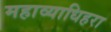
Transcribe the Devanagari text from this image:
महाव्याधिहरा